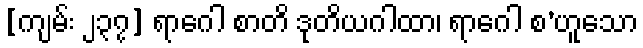
[ကျမ်း ၂၃၇] ရာဂေါ စာတိ ဒုတိယဂါထာ၊ ရာဂေါ စ’ဟူသော